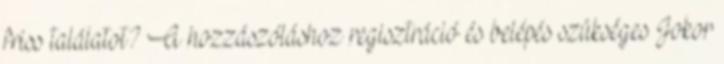
friss találatot? A hozzászóláshoz regisztráció és belépés szükséges Jokor